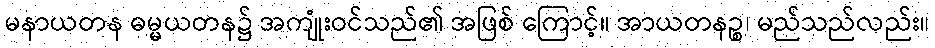
မနာယတန ဓမ္မယတန၌ အကျုံးဝင်သည်၏ အဖြစ် ကြောင့်။ အာယတနဉ္စ၊ မည်သည်လည်း။